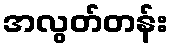
အလွတ်တန်း